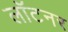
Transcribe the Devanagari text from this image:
लॉटनर